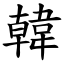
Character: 韓